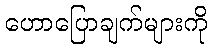
ဟောပြောချက်များကို